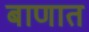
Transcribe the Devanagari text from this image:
बाणात